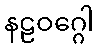
နဠဝဂ္ဂေါ